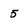
Character: 5